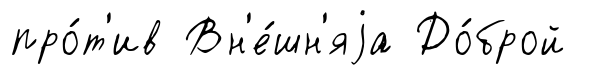
про́т'ив Вн'е́шн'яjа До́брой